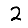
Digit: 2